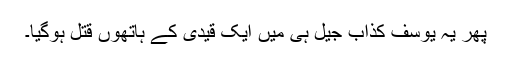
پھر یہ یوسف کذاب جیل ہی میں ایک قیدی کے ہاتھوں قتل ہوگیا۔